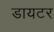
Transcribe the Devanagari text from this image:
डायटर